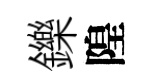
鑠隍